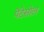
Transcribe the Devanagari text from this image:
पेंटेसोल